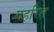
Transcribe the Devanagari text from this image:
गहरित